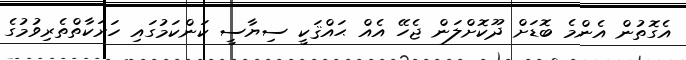
އެގޮތުން އެންމެ ބޮޑަށް ދޫކޮށްލަން ޖެހޭ އެއް ޙައްޤަކީ ސިޔާސީ ކަންކަމުގައި ހަރަކާތްތެރިވުމުގެ